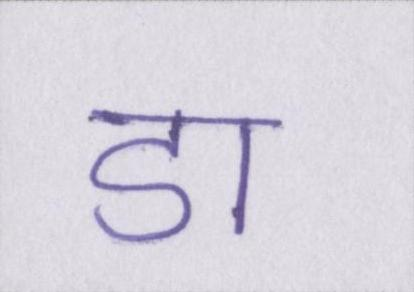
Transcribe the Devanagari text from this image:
डा